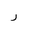
Letter: _ra